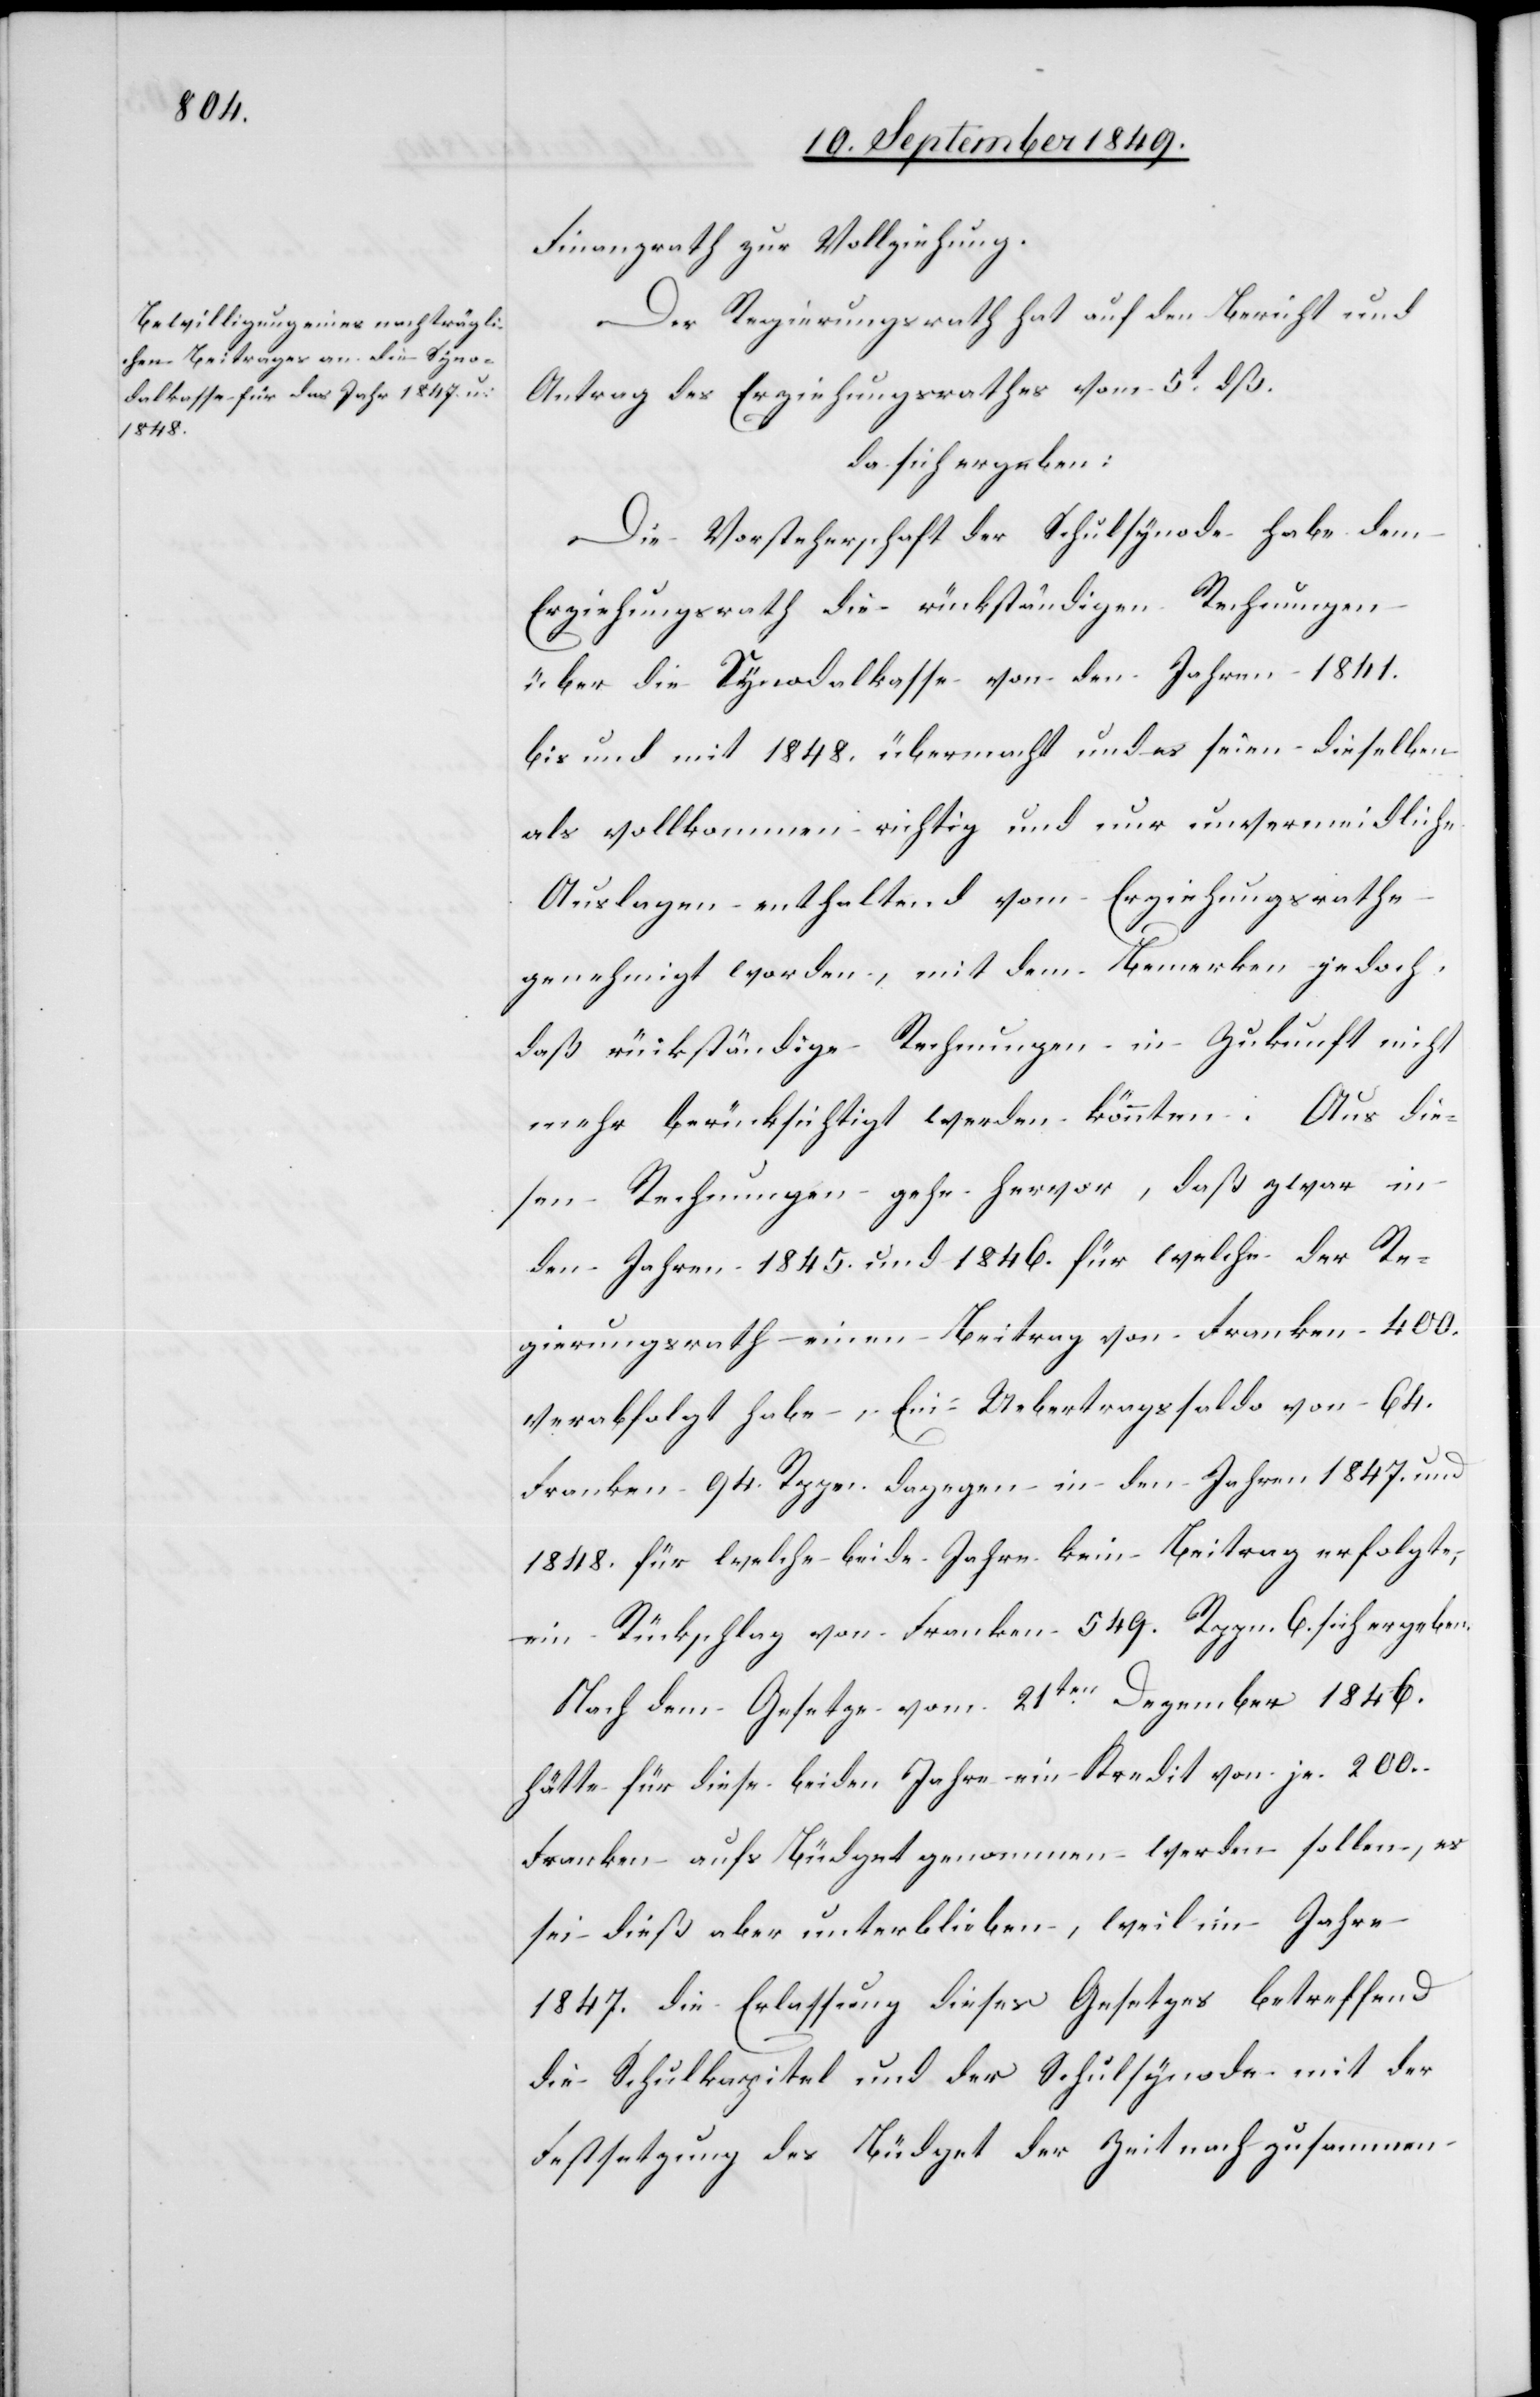
Finanzrath zur Vollziehung.
Der Regierungsrath hat auf den Bericht und
Antrag des Erziehungsrathes vom 5t dß.
da sich ergeben:
Die Vorsteherschaft der Schulsynode habe dem
Erziehungsrath die rückständigen Rechnungen
über die Synodekasse von den Jahren 1841.
bis und mit 1848. übermacht und es seien dieselben
als vollkommen richtig und nur unvermeidliche
Auslagen enthaltend vom Erziehungsrathe
genehmigt worden, mit dem Bemerken jedoch,
daß rückständige Rechnungen in Zukunft nicht
mehr berücksichtigt werden könnten. Aus die¬
sen Rechnungen gehe hervor, daß zwar in
den Jahren 1845. und 1846. für welche der Re¬
gierungsrath einen Beitrag von Franken 400.
verabfolgt habe, Ein-Uebertragssaldo von 64.
Franken, 94. Rppn. dagegen in den Jahren 1847. und
1848. für welche beide Jahre kein Beitrag erfolgte,
ein Rückschlag von Franken 549. Rppn. 6. sich ergeben.
Nach dem Gesetze vom 21ten Dezember 1846.
hätte für diese beiden Jahre ein Kredit von je 200.
Franken aufs Büdget genommen werden sollen, es
sei dieß aber unterblieben, weil im Jahre
1847. die Erlassung dieses Gesetzes betreffend
die Schulkapitel und der Schulsynode mit der
Festsetzung des Büdget der Zeit nach zusammen